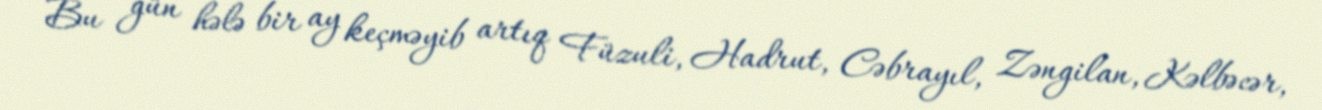
Bu gün hələ bir ay keçməyib artıq Füzuli, Hadrut, Cəbrayıl, Zəngilan, Kəlbəcər,